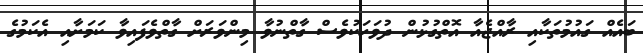
ބައެއް ގައުމުތަކާއި ރާއްޖެއާ އޮތްގުޅުން ދުވަހަކުވެސް ގާތްނުވާ މިންވަރަށް ގާތްވެފައިވާ ކަމަށާއި އެކަމުގެ